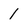
Character: 1